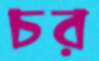
চর